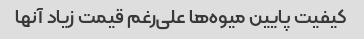
کیفیت پایین میوه‌ها علی‌رغم قیمت زیاد آنها